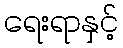
ရေးရာနှင့်